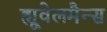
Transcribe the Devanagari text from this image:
ह्यूवेलमैन्स